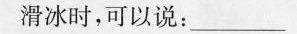
滑冰时，可以说：___